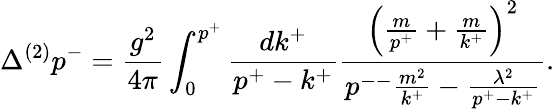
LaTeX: \Delta^{(2)}p^{-}=\frac{g^{2}}{4\pi}\int_{0}^{p^{+}}\frac{dk^{+}}{p^{+}-k^{+}}\frac{\left(\frac{m}{p^{+}}+\frac{m}{k^{+}}\right)^{2}}{p^{--}\frac{m^{2}}{k^{+}}-\frac{\lambda^{2}}{p^{+}-k^{+}}}.